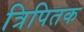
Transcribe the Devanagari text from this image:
त्रिपितक